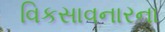
વિકસાવનારના